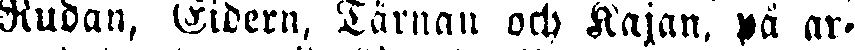
Rudan, Cidern, Tärnan och Kajan, på ar-